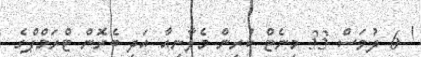
! 6 ދުވަސް 33 މިނެޓް ކުރިން މެލާނިއާ އަދި ބެރޮން ޓްރަމްޕްގެ